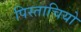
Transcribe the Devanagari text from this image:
पिस्ताचियो